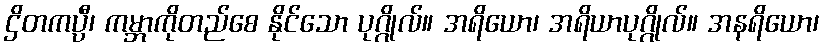
ဌိတကပ္ပီ၊ ကမ္ဘာကိုတည်စေ နိုင်သော ပုဂ္ဂိုလ်။ အရိယော၊ အရိယာပုဂ္ဂိုလ်။ အနရိယော၊